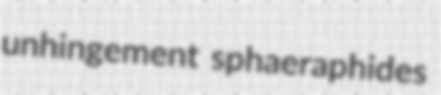
unhingement sphaeraphides